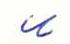
u